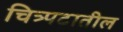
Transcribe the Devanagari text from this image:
चित्र्पटातील